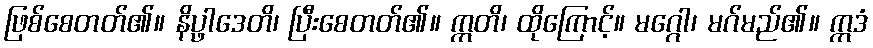
ဖြစ်စေတတ်၏။ နိပ္ဖါဒေတိ၊ ပြီးစေတတ်၏။ ဣတိ၊ ထိုကြောင့်။ မဂ္ဂေါ၊ မဂ်မည်၏။ ဣဒံ